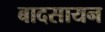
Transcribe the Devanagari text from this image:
बादसायन